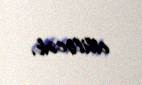
ediləcək.